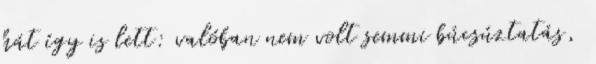
hát így is lett: valóban nem volt semmi búcsúztatás,